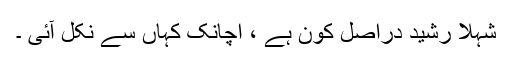
شہلا رشید دراصل کون ہے ، اچانک کہاں سے نکل آئی ۔